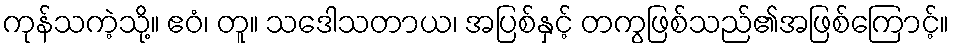
ကုန်သကဲ့သို့။ ဧဝံ၊ တူ။ သဒေါသတာယ၊ အပြစ်နှင့် တကွဖြစ်သည်၏အဖြစ်ကြောင့်။